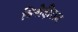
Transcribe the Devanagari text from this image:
बिनोदीराम